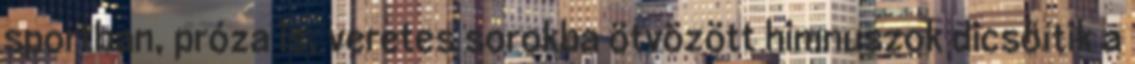
sportban, próza is, veretes sorokba ötvözött himnuszok dicsőítik a